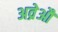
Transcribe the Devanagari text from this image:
अव्रेऔ